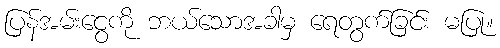
ပြန်အမ်းငွေကို ဘယ်သောအခါမှ ရေတွက်ခြင်း မပြု။